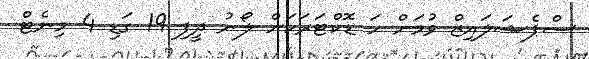
ސްޕެޝަލައިޒް ވުމަށް ހަ ޑޮކްޓަރަކަށް ލޯނު ދީފި 19 ގަޑި 4 މިނެޓް